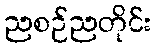
ညစဉ်ညတိုင်း